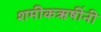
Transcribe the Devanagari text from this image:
शमीकऋषींनी